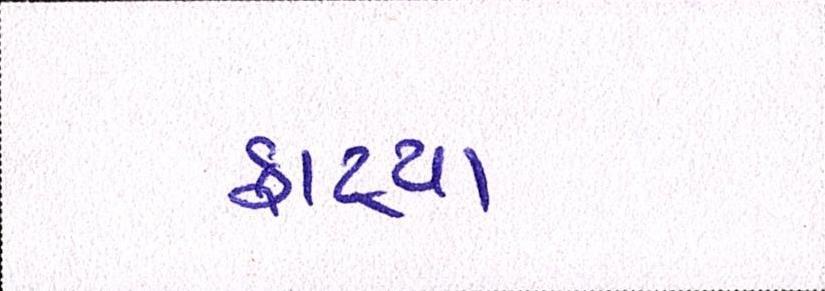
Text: ફાટ્યા